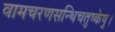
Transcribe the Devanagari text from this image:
वामचरणसन्धिचतुष्केषु।